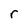
Character: r